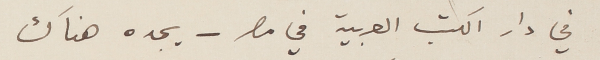
في دار الكتب العربية في مصر – يجده هناك